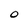
Character: 0